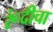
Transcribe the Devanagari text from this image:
रूंदीचा